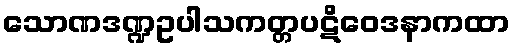
သောဏဒဏ္ဍဥပါသကတ္တပဋိဝေဒနာကထာ